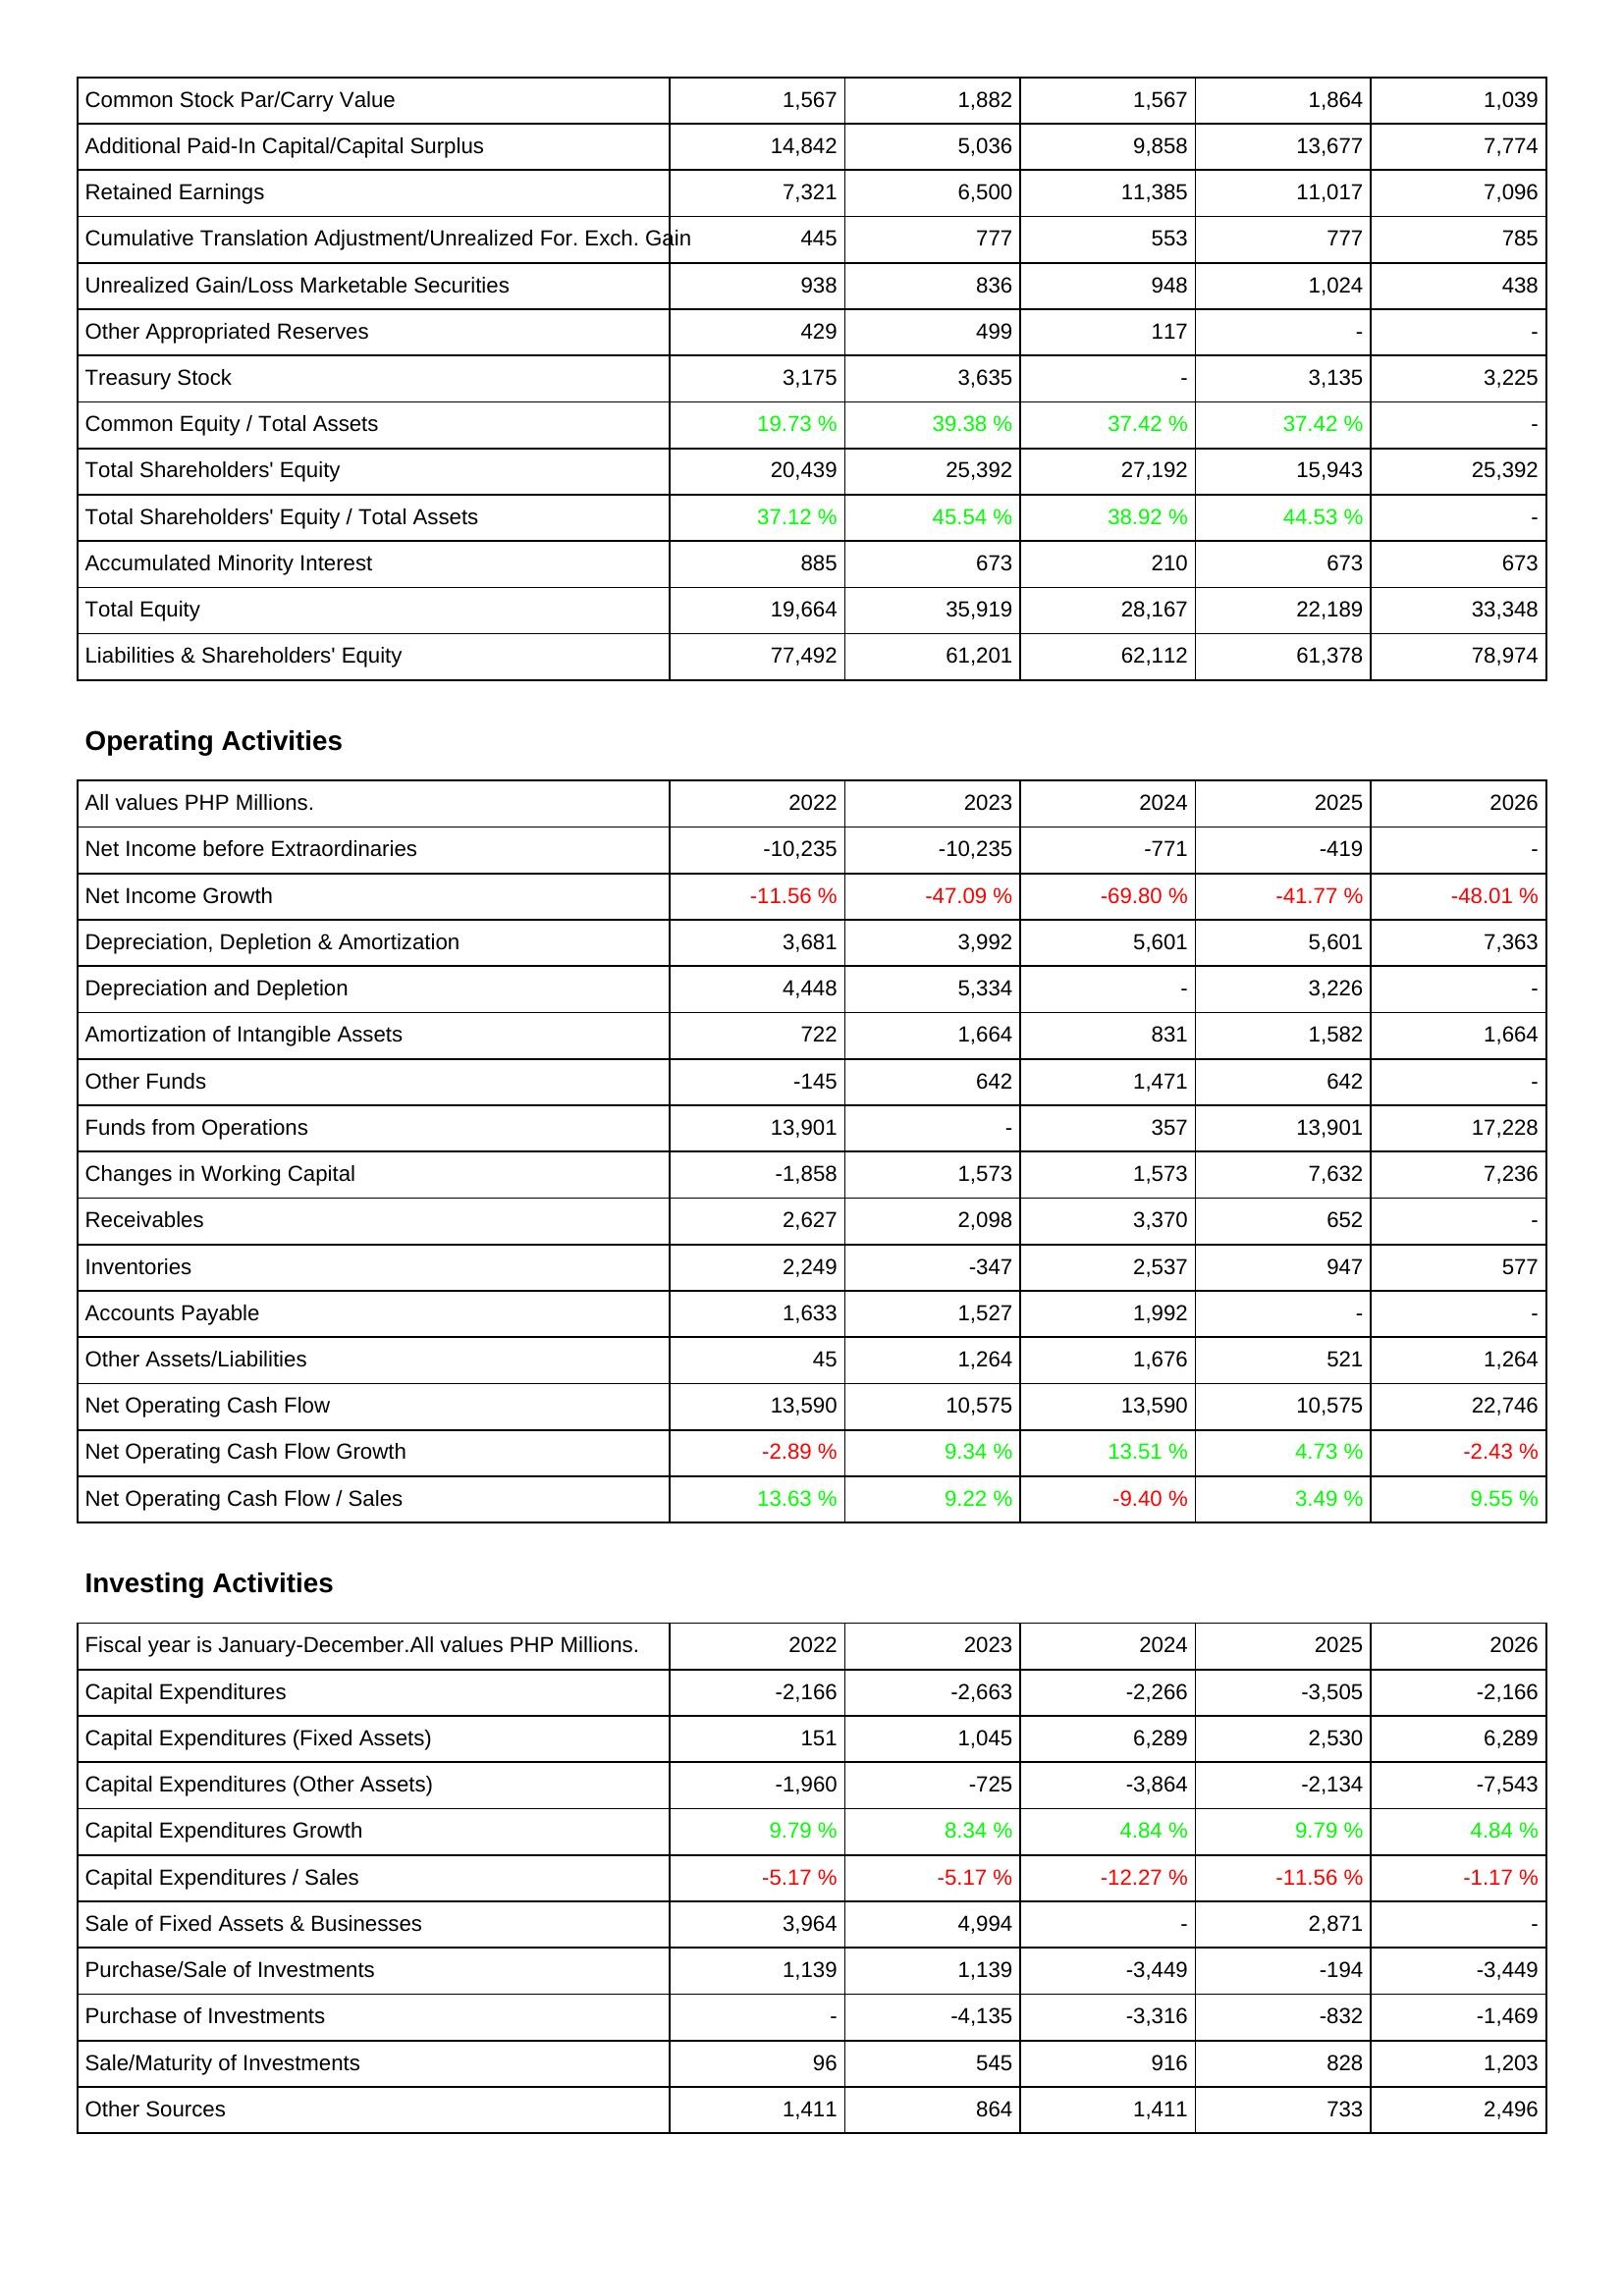
2022: Liabilities & Shareholders' Equity: Common Stock Par/Carry Value: 1,567
Additional Paid-In Capital/Capital Surplus: 14,842
Retained Earnings: 7,321
Cumulative Translation Adjustment/Unrealized For. Exch. Gain: 445
Unrealized Gain/Loss Marketable Securities: 938
Other Appropriated Reserves: 429
Treasury Stock: 3,175
Common Equity / Total Assets: 19.73 %
Total Shareholders' Equity: 20,439
Total Shareholders' Equity / Total Assets: 37.12 %
Accumulated Minority Interest: 885
Total Equity: 19,664
Liabilities & Shareholders' Equity: 77,492
Operating Activities: Net Income before Extraordinaries: -10,235
Net Income Growth: -11.56 %
Depreciation, Depletion & Amortization: 3,681
Depreciation and Depletion: 4,448
Amortization of Intangible Assets: 722
Other Funds: -145
Funds from Operations: 13,901
Changes in Working Capital: -1,858
Receivables: 2,627
Inventories: 2,249
Accounts Payable: 1,633
Other Assets/Liabilities: 45
Net Operating Cash Flow: 13,590
Net Operating Cash Flow Growth: -2.89 %
Net Operating Cash Flow / Sales: 13.63 %
Investing Activities: Capital Expenditures: -2,166
Capital Expenditures (Fixed Assets): 151
Capital Expenditures (Other Assets): -1,960
Capital Expenditures Growth: 9.79 %
Capital Expenditures / Sales: -5.17 %
Sale of Fixed Assets & Businesses: 3,964
Purchase/Sale of Investments: 1,139
Purchase of Investments: -
Sale/Maturity of Investments: 96
Other Sources: 1,411
2023: Liabilities & Shareholders' Equity: Common Stock Par/Carry Value: 1,882
Additional Paid-In Capital/Capital Surplus: 5,036
Retained Earnings: 6,500
Cumulative Translation Adjustment/Unrealized For. Exch. Gain: 777
Unrealized Gain/Loss Marketable Securities: 836
Other Appropriated Reserves: 499
Treasury Stock: 3,635
Common Equity / Total Assets: 39.38 %
Total Shareholders' Equity: 25,392
Total Shareholders' Equity / Total Assets: 45.54 %
Accumulated Minority Interest: 673
Total Equity: 35,919
Liabilities & Shareholders' Equity: 61,201
Operating Activities: Net Income before Extraordinaries: -10,235
Net Income Growth: -47.09 %
Depreciation, Depletion & Amortization: 3,992
Depreciation and Depletion: 5,334
Amortization of Intangible Assets: 1,664
Other Funds: 642
Funds from Operations: -
Changes in Working Capital: 1,573
Receivables: 2,098
Inventories: -347
Accounts Payable: 1,527
Other Assets/Liabilities: 1,264
Net Operating Cash Flow: 10,575
Net Operating Cash Flow Growth: 9.34 %
Net Operating Cash Flow / Sales: 9.22 %
Investing Activities: Capital Expenditures: -2,663
Capital Expenditures (Fixed Assets): 1,045
Capital Expenditures (Other Assets): -725
Capital Expenditures Growth: 8.34 %
Capital Expenditures / Sales: -5.17 %
Sale of Fixed Assets & Businesses: 4,994
Purchase/Sale of Investments: 1,139
Purchase of Investments: -4,135
Sale/Maturity of Investments: 545
Other Sources: 864
2024: Liabilities & Shareholders' Equity: Common Stock Par/Carry Value: 1,567
Additional Paid-In Capital/Capital Surplus: 9,858
Retained Earnings: 11,385
Cumulative Translation Adjustment/Unrealized For. Exch. Gain: 553
Unrealized Gain/Loss Marketable Securities: 948
Other Appropriated Reserves: 117
Treasury Stock: -
Common Equity / Total Assets: 37.42 %
Total Shareholders' Equity: 27,192
Total Shareholders' Equity / Total Assets: 38.92 %
Accumulated Minority Interest: 210
Total Equity: 28,167
Liabilities & Shareholders' Equity: 62,112
Operating Activities: Net Income before Extraordinaries: -771
Net Income Growth: -69.80 %
Depreciation, Depletion & Amortization: 5,601
Depreciation and Depletion: -
Amortization of Intangible Assets: 831
Other Funds: 1,471
Funds from Operations: 357
Changes in Working Capital: 1,573
Receivables: 3,370
Inventories: 2,537
Accounts Payable: 1,992
Other Assets/Liabilities: 1,676
Net Operating Cash Flow: 13,590
Net Operating Cash Flow Growth: 13.51 %
Net Operating Cash Flow / Sales: -9.40 %
Investing Activities: Capital Expenditures: -2,266
Capital Expenditures (Fixed Assets): 6,289
Capital Expenditures (Other Assets): -3,864
Capital Expenditures Growth: 4.84 %
Capital Expenditures / Sales: -12.27 %
Sale of Fixed Assets & Businesses: -
Purchase/Sale of Investments: -3,449
Purchase of Investments: -3,316
Sale/Maturity of Investments: 916
Other Sources: 1,411
2025: Liabilities & Shareholders' Equity: Common Stock Par/Carry Value: 1,864
Additional Paid-In Capital/Capital Surplus: 13,677
Retained Earnings: 11,017
Cumulative Translation Adjustment/Unrealized For. Exch. Gain: 777
Unrealized Gain/Loss Marketable Securities: 1,024
Other Appropriated Reserves: -
Treasury Stock: 3,135
Common Equity / Total Assets: 37.42 %
Total Shareholders' Equity: 15,943
Total Shareholders' Equity / Total Assets: 44.53 %
Accumulated Minority Interest: 673
Total Equity: 22,189
Liabilities & Shareholders' Equity: 61,378
Operating Activities: Net Income before Extraordinaries: -419
Net Income Growth: -41.77 %
Depreciation, Depletion & Amortization: 5,601
Depreciation and Depletion: 3,226
Amortization of Intangible Assets: 1,582
Other Funds: 642
Funds from Operations: 13,901
Changes in Working Capital: 7,632
Receivables: 652
Inventories: 947
Accounts Payable: -
Other Assets/Liabilities: 521
Net Operating Cash Flow: 10,575
Net Operating Cash Flow Growth: 4.73 %
Net Operating Cash Flow / Sales: 3.49 %
Investing Activities: Capital Expenditures: -3,505
Capital Expenditures (Fixed Assets): 2,530
Capital Expenditures (Other Assets): -2,134
Capital Expenditures Growth: 9.79 %
Capital Expenditures / Sales: -11.56 %
Sale of Fixed Assets & Businesses: 2,871
Purchase/Sale of Investments: -194
Purchase of Investments: -832
Sale/Maturity of Investments: 828
Other Sources: 733
2026: Liabilities & Shareholders' Equity: Common Stock Par/Carry Value: 1,039
Additional Paid-In Capital/Capital Surplus: 7,774
Retained Earnings: 7,096
Cumulative Translation Adjustment/Unrealized For. Exch. Gain: 785
Unrealized Gain/Loss Marketable Securities: 438
Other Appropriated Reserves: -
Treasury Stock: 3,225
Common Equity / Total Assets: -
Total Shareholders' Equity: 25,392
Total Shareholders' Equity / Total Assets: -
Accumulated Minority Interest: 673
Total Equity: 33,348
Liabilities & Shareholders' Equity: 78,974
Operating Activities: Net Income before Extraordinaries: -
Net Income Growth: -48.01 %
Depreciation, Depletion & Amortization: 7,363
Depreciation and Depletion: -
Amortization of Intangible Assets: 1,664
Other Funds: -
Funds from Operations: 17,228
Changes in Working Capital: 7,236
Receivables: -
Inventories: 577
Accounts Payable: -
Other Assets/Liabilities: 1,264
Net Operating Cash Flow: 22,746
Net Operating Cash Flow Growth: -2.43 %
Net Operating Cash Flow / Sales: 9.55 %
Investing Activities: Capital Expenditures: -2,166
Capital Expenditures (Fixed Assets): 6,289
Capital Expenditures (Other Assets): -7,543
Capital Expenditures Growth: 4.84 %
Capital Expenditures / Sales: -1.17 %
Sale of Fixed Assets & Businesses: -
Purchase/Sale of Investments: -3,449
Purchase of Investments: -1,469
Sale/Maturity of Investments: 1,203
Other Sources: 2,496